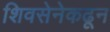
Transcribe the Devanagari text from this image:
शिवसेनेकढून